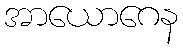
အာယောဂေန